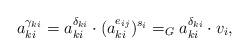
LaTeX: \begin{align*}a_{ki}^{\gamma_{ki}}=a_{ki}^{\delta_{ki}}\cdot (a_{ki}^{e_{ij}})^{s_i}=_{G} a_{ki}^{\delta_{ki}} \cdot v_i,\end{align*}